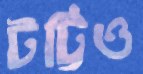
টট্টিও